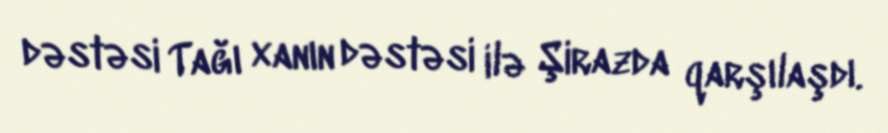
dəstəsi Tağı xanın dəstəsi ilə Şirazda qarşılaşdı.